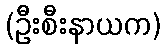
(ဦးစီးနာယက)